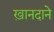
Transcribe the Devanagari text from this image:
ख़ानदाने